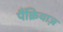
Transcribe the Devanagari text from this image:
पैंक्रियाज़